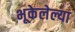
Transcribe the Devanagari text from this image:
भूकेलेल्या